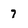
Character: 7